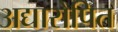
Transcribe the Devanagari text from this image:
अद्यारोपित